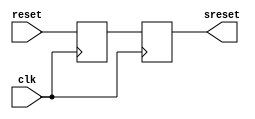
`timescale 1ns / 1ps
//////////////////////////////////////////////////////////////////////////////////
// Company: 
// Engineer: 
// 
// Design Name: 
// Module Name: sync_rst
// Project Name: 
// Target Devices: 
// Tool Versions: 
// Description: 
// 
// Dependencies: 
// 
// Revision:
// Revision 0.01 - File Created
// Additional Comments:
// 
//////////////////////////////////////////////////////////////////////////////////


module sync_rst(reset, clk, sreset);
    input reset, clk;
    output sreset;
    reg sreset, sreset1;
    always @(negedge clk)
        {sreset, sreset1} <= {sreset1, reset};
endmodule